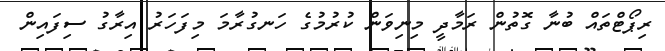
ރިޕޯޓްތައް ބުނާ ގޮތުން ރަމާދީ މިނިވަން ކުރުމުގެ ހަނގުރާމަ މިފަހަރު އިރާގު ސިފައިން